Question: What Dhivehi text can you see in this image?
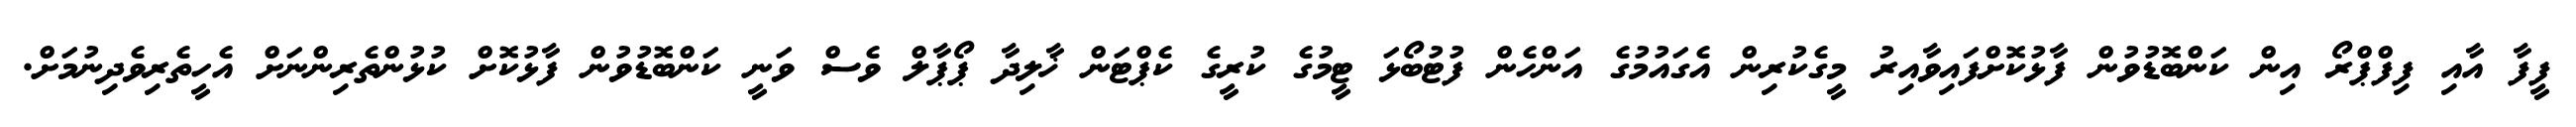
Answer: ފީފާ އާއި ފިފްޕްރޯ އިން ކަންބޮޑުވުން ފާޅުކޮށްފައިވާއިރު މީގެކުރިން އެގައުމުގެ އަންހެން ފުޓުބޯޅަ ޓީމުގެ ކުރީގެ ކެޕްޓަން ޚާލިދާ ޕޯޕާލް ވެސް ވަނީ ކަންބޮޑުވުން ފާޅުކޮށް ކުޅުންތެރިންނަށް އެހީތެރިވެދިނުމަށް.